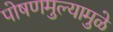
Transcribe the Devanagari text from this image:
पोषणमुल्यामुळे